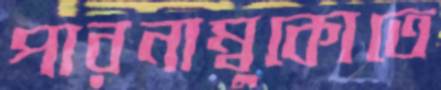
পারনাম্বুকোতে